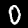
Label: 0